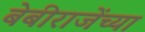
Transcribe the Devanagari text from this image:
बेबीराजेंच्या